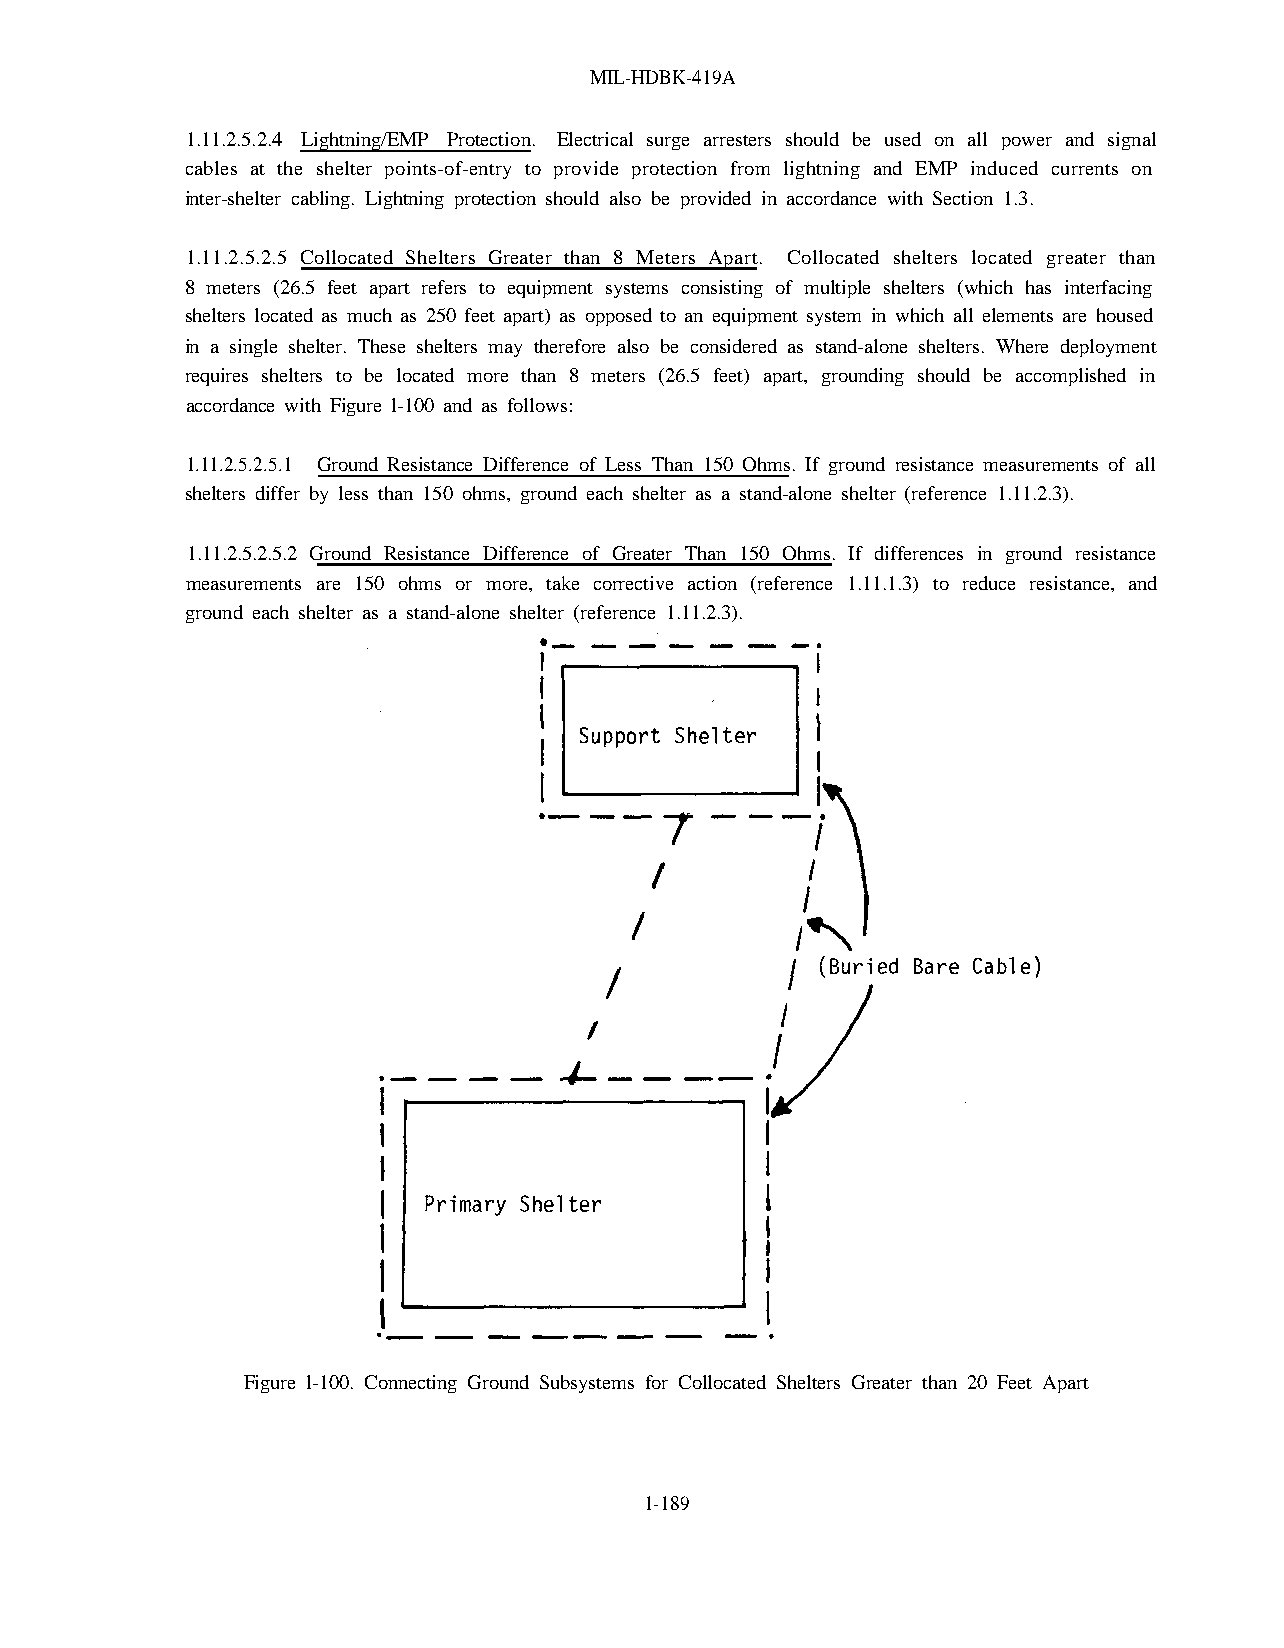
MIL-HDBK-419A
 1.11.2.5.2.4 Lightning/EMP Protection. Electrical surge arresters should be used on all power and signal
 cables at the shelter points-of-entry to provide protection from lightning and EMP induced currents on
 inter-shelter cabling. Lightning protection should also be provided in accordance with Section 1.3.
 1.11.2.5.2.5 Collocated Shelters Greater than 8 Meters Apart. Collocated shelters located greater than
 8 meters (26.5 feet apart refers to equipment systems consisting of multiple shelters (which has interfacing
 shelters located as much as 250 feet apart) as opposed to an equipment system in which all elements are housed
 in a single shelter. These shelters may therefore also be considered as stand-alone shelters. Where deployment
 requires shelters to be located more than 8 meters (26.5 feet) apart, grounding should be accomplished in
 accordance with Figure l-100 and as follows:
 1.11.2.5.2.5.1 Ground Resistance Difference of Less Than 150 Ohms. If ground resistance measurements of all
 shelters differ by less than 150 ohms, ground each shelter as a stand-alone shelter (reference 1.11.2.3).
 1.11.2.5.2.5.2 Ground Resistance Difference of Greater Than 150 Ohms. If differences in ground resistance
 measurements are 150 ohms or more, take corrective action (reference 1.11.1.3) to reduce resistance, and
 ground each shelter as a stand-alone shelter (reference 1.11.2.3).
 Figure l-100. Connecting Ground Subsystems for Collocated Shelters Greater than 20 Feet Apart
 1-189